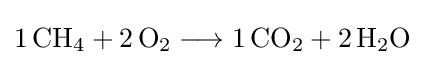
{1\,\mathrm {CH} {\vphantom {A}}_{\smash[{t}]{4}}{}+{}2\,\mathrm {O} {\vphantom {A}}_{\smash[{t}]{2}}{}\mathrel {\longrightarrow } {}1\,\mathrm {CO} {\vphantom {A}}_{\smash[{t}]{2}}{}+{}2\,\mathrm {H} {\vphantom {A}}_{\smash[{t}]{2}}\mathrm {O} }